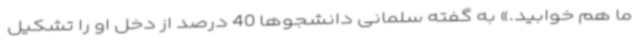
ما هم خوابید.» به گفته سلمانی دانشجوها 40 درصد از دخل او را تشکیل